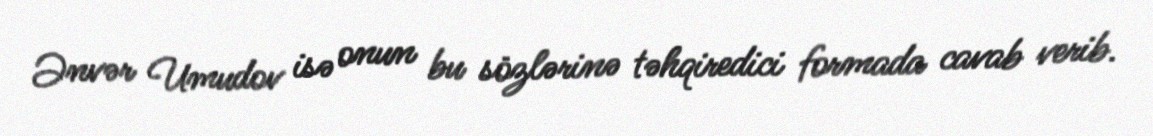
Ənvər Umudov isə onun bu sözlərinə təhqiredici formada cavab verib.